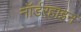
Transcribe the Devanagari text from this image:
नॉर्डर्‍हाइन